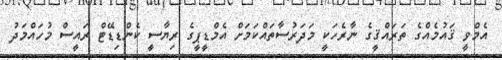
އެމްވީ ޤައުމެއްގެ ތަރައްޤީގެ ނާރެހަކީ މަދަރުސާތައްކަމަށް އެމްޑީޕީގެ ރިޔާސީ ކެންޑިޑޭޓް ރައީސް މުހައްމަދު